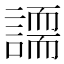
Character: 𧬐